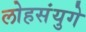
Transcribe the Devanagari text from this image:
लोहसंयुगे